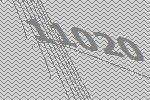
11020